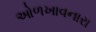
ઓળખાવનારા